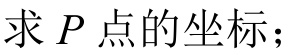
求\(P\)点的坐标；